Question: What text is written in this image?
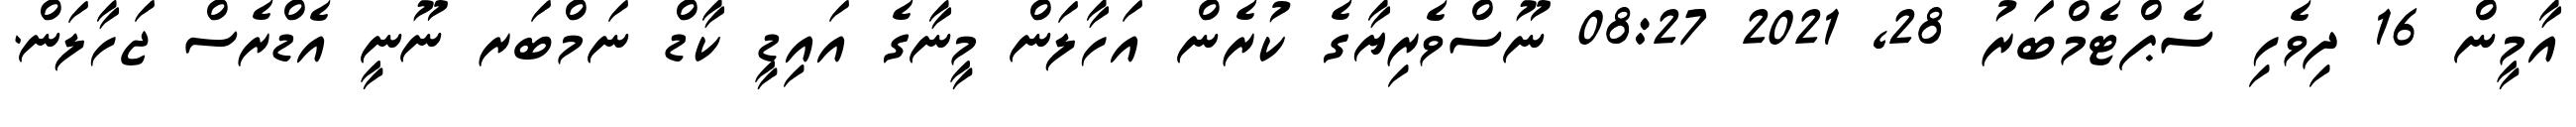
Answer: އާމީން 16 ދިވެހި ސެޕްޓެމްބަރު 28, 2021 08:27 ނޫސްވެރިޔާގެ ކުރެން އަހާލަން މީނާގެ އައިޑީ ކާޑް ނަމްބަރ ނޫނީ އެޑްރެސް ޖަހާލަން.